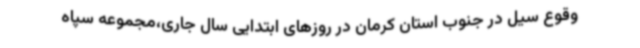
وقوع سیل در جنوب استان کرمان در روزهای ابتدایی سال جاری،مجموعه سپاه